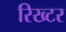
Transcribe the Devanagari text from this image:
रिख्टर